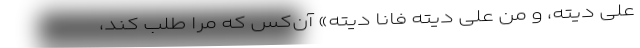
َعَلَی دِیتُهُ، و مَن علی دیتُه فانا دِیتُه» آن‌کس که مرا طلب کند،